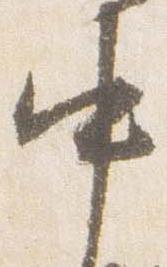
中